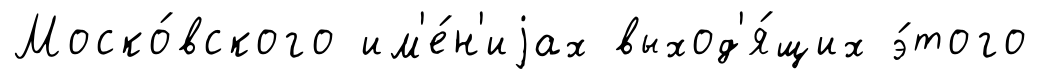
Моско́вского им'е́н'иjах выход'я́щих э́того